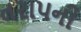
તરાપની